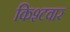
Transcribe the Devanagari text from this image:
किश्टवार